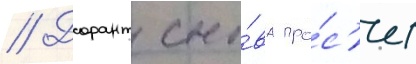
// Дорант сно́ва про́с'ит